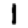
Digit: 1